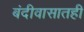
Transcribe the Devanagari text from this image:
बंदीवासातही